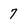
Character: 7